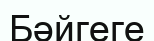
Бәйгеге